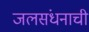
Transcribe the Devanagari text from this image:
जलसंधनाची